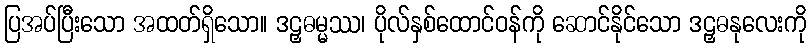
ပြအပ်ပြီးသော အထတ်ရှိသော။ ဒဠှဓမ္မဿ၊ ပိုလ်နှစ်ထောင်ဝန်ကို ဆောင်နိုင်သော ဒဠှဓနုလေးကို